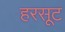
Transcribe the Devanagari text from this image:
हरसूट